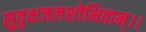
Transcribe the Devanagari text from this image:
सुवृक्षजलशोभिताम्।।